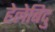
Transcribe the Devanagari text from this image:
हेलेबिदु